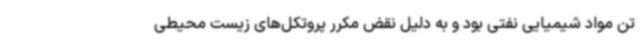
تن مواد شیمیایی نفتی بود و به دلیل نقض مکرر پروتکل‌های زیست‌ محیطی